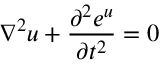
\nabla ^ { 2 } u + { \frac { \partial ^ { 2 } e ^ { u } } { \partial t ^ { 2 } } } = 0